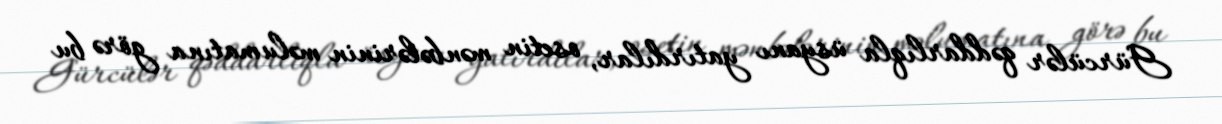
Gürcülər qəddarlıqla üsyanı yatırdılar, osetin mənbələrinin məlumatına görə bu